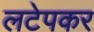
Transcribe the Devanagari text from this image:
लटेपकर